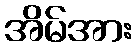
အိမ်အား